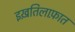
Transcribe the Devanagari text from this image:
इख़तिलाफ़ात